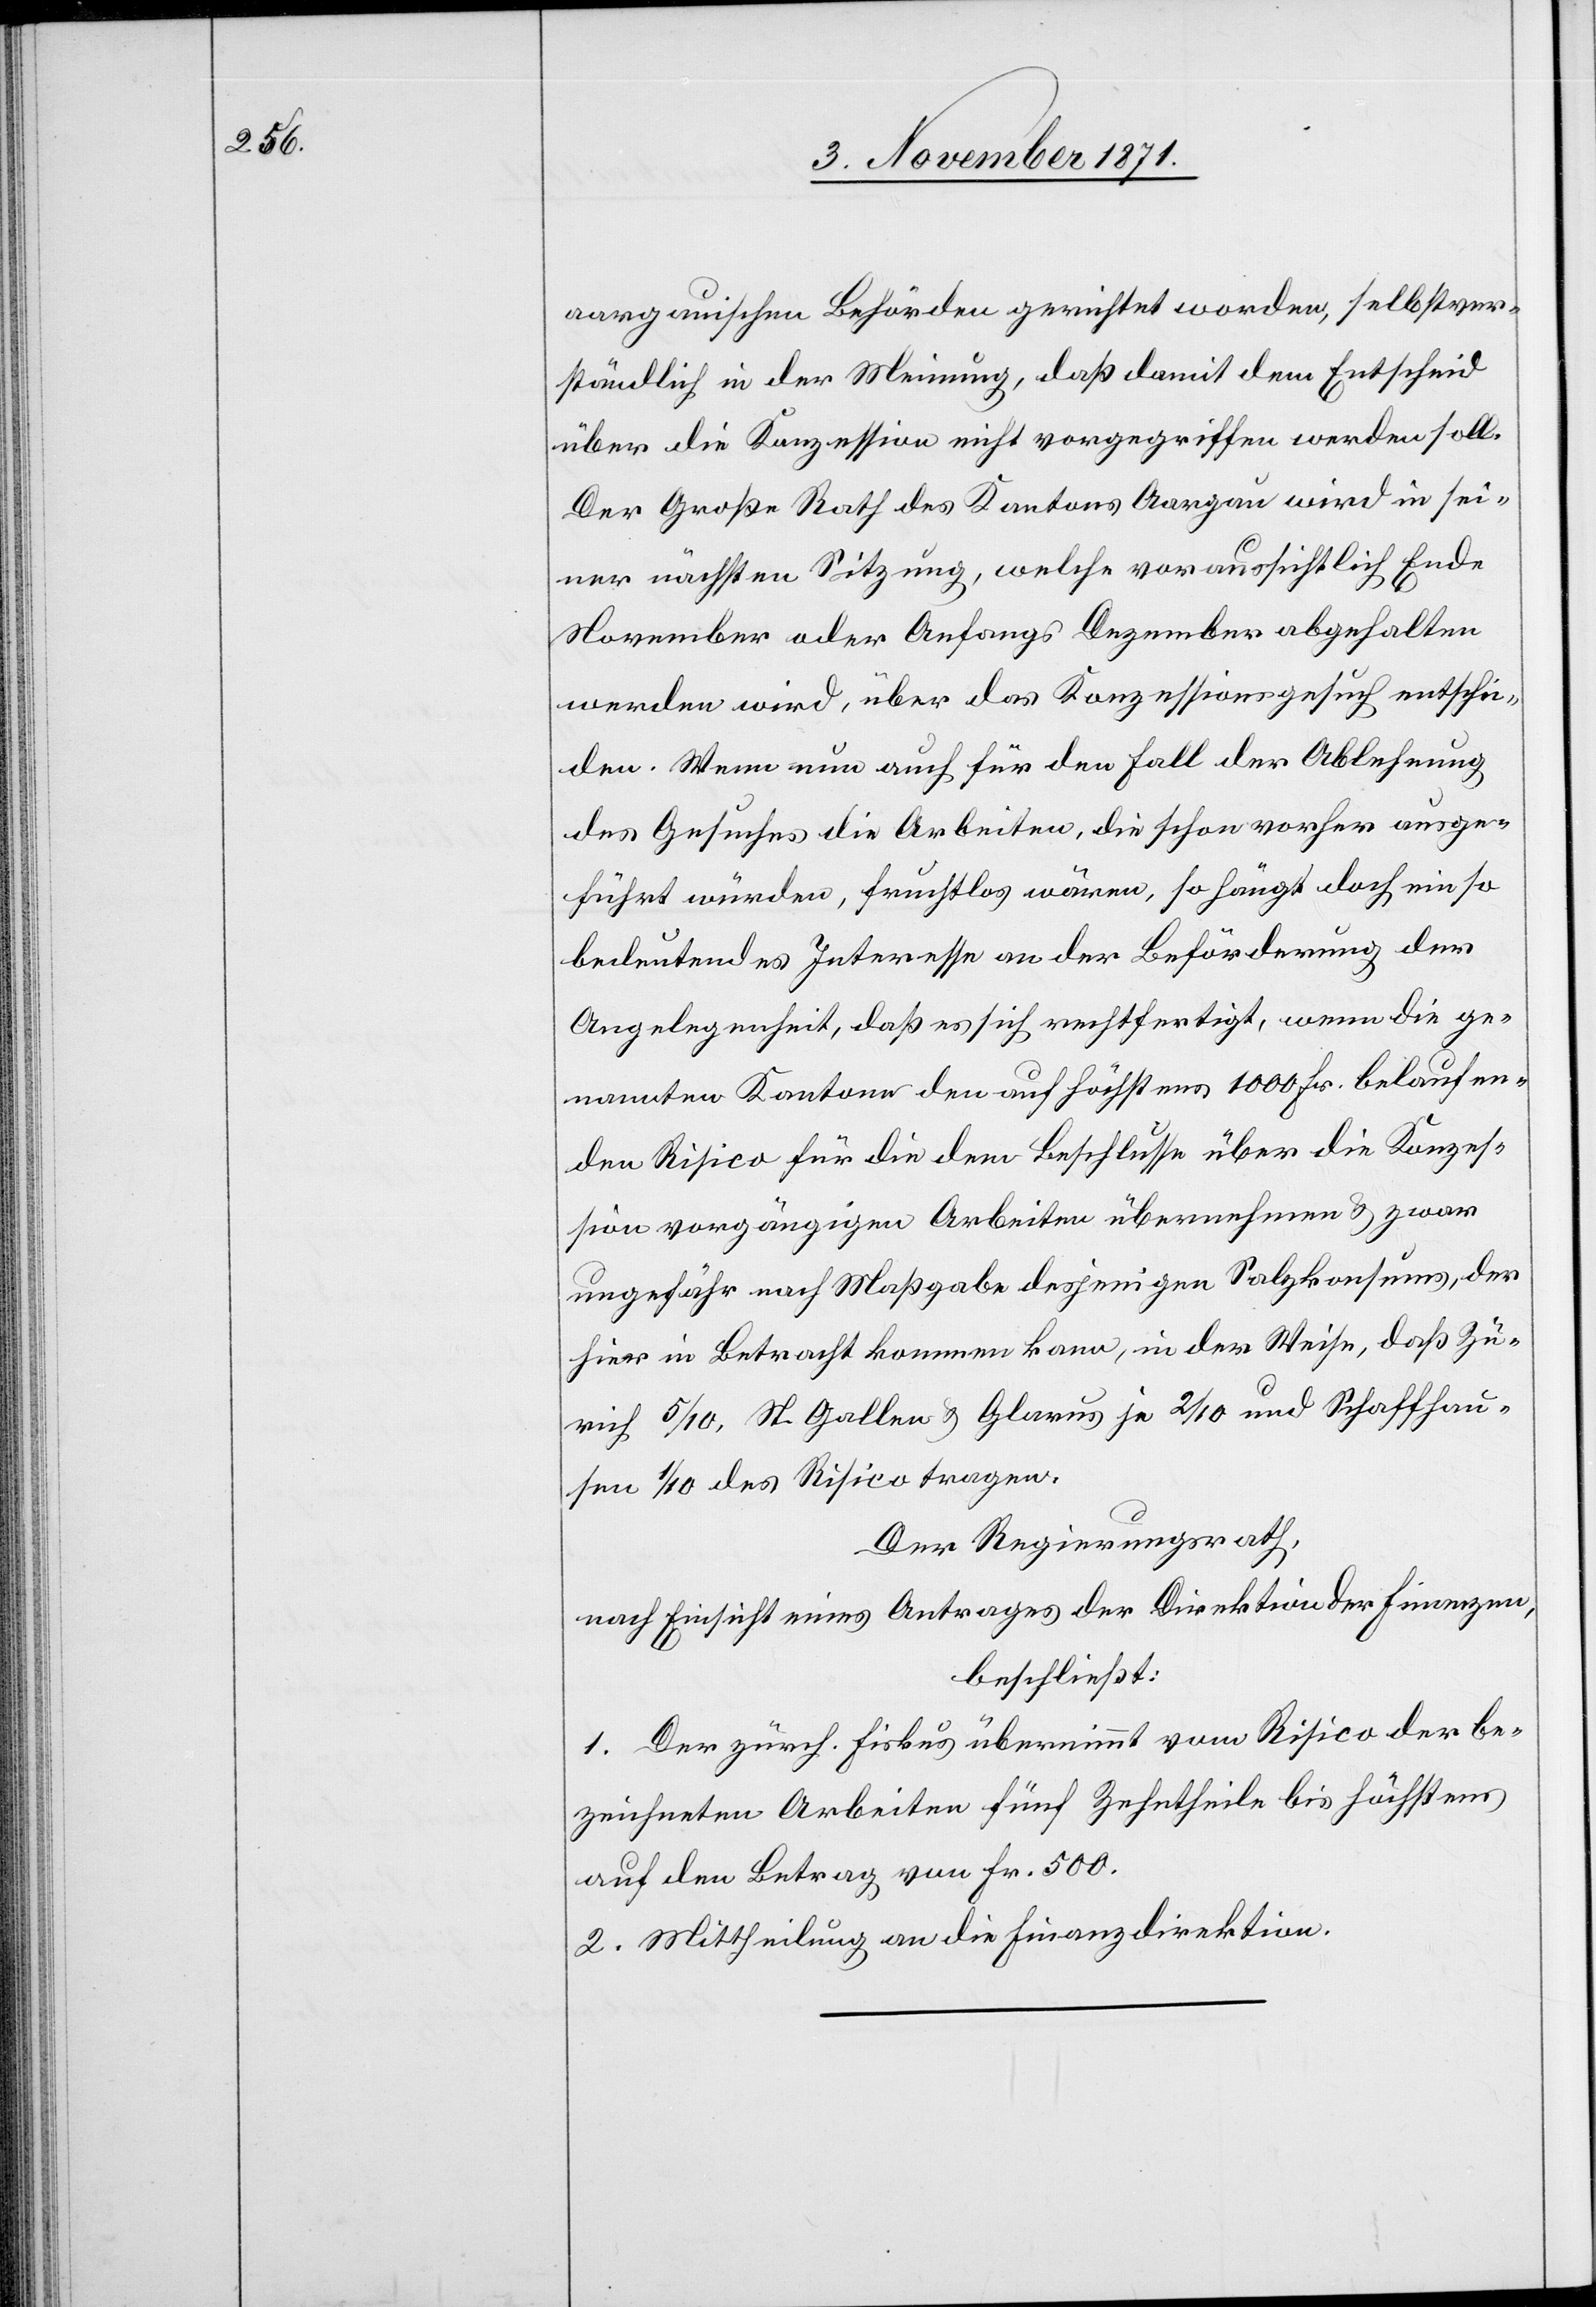
aargauischen Behörden gerichtet worden, selbstver¬
ständlich in der Meinung, daß damit dem Entscheid
über die Konzession nicht vorgegriffen werden soll.
Der Große Rath des Kantons Aargau wird in sei¬
ner nächsten Sitzung, welche voraussichtlich Ende
November oder Anfangs Dezember abgehalten
werden wird, über das Konzessionsgesuch entschei¬
den. Wenn nun auch für den Fall der Ablehnung
des Gesuches die Arbeiten, die schon vorher ausge¬
führt würden, fruchtlos wären, so hängt doch ein so
bedeutendes Interesse an der Beförderung der
Angelegenheit, daß es sich rechtfertigt, wenn die ge¬
nannten Kantone den auf höchstens 1000 Fr. belaufen¬
den Risico für die dem Beschlusse über die Konzes¬
sion vorgängigen Arbeiten übernehmen & zwar
ungefähr nach Maßgabe desjenigen Salzkonsums, der
hier in Betracht kommen kann, in der Weise, daß Zü¬
rich 5/10, St. Gallen & Glarus 2/10 und Schaffhau¬
sen 1/10 des Risico tragen.
Der Regierungsrath,
nach Einsicht eines Antrages der Direktion der Finanzen,
beschließt:
1. Der zürch. Fiskus übernimmt vom Risico der be¬
zeichneten Arbeiten fünf Zehntheile bis höchstens
auf den Betrag von Fr. 500.
2. Mittheilung an die Finanzdirektion.